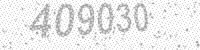
Solution: 409030